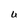
Character: U